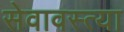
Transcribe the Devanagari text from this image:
सेवावस्त्या